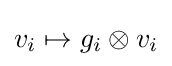
v_{i}\mapsto g_{i}\otimes v_{i}